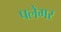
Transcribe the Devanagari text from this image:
पलेगर